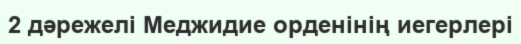
2 дәрежелі Меджидие орденінің иегерлері